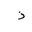
Letter: _thal